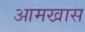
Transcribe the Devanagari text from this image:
आमखास